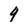
Character: 9